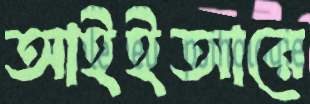
আইইআরে